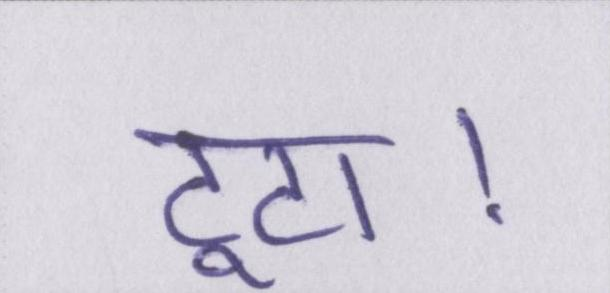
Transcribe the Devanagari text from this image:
टूटा।